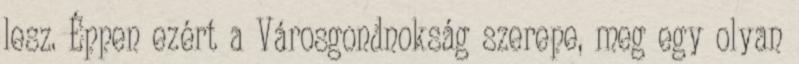
lesz. Éppen ezért a Városgondnokság szerepe, meg egy olyan